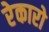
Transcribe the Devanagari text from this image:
रेकारो